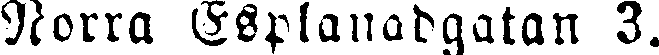
Norra Esplanadgatan 3.